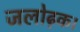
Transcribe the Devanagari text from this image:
जलोढ़क।